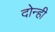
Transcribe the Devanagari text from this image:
दोन्‍ही